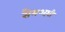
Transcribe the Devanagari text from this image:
सैमअथ़ी